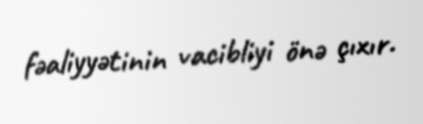
fəaliyyətinin vacibliyi önə çıxır.